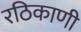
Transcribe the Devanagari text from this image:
रठिकाणी